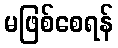
မဖြစ်စေရန်